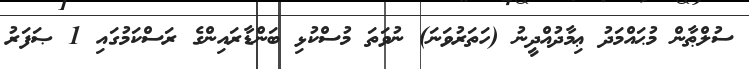
ސުލްޠާން މުޙައްމަދު ޢިމާދުއްދީނު (ހަތަރުވަނަ) ނުވަތަ މުސްކުޅި ބަންޑާރައިންގެ ރަސްކަމުގައި 1 ޞަފަރު